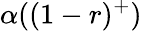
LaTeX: \alpha((1-r)^{+})